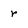
Character: r